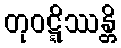
တုဝဋ္ဋိဿန္တိ